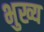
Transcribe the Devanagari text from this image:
भुख्य